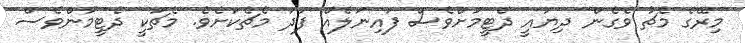
މިރޭގެ މެޗު ވެގެން ދިޔައީ ދެޓީމަށްވެސް ފައިނަލެއް ފަދަ މެޗެކަށެވެ. މެޗަކީ ދެޓީމުންވެސް